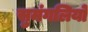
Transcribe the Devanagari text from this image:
सुमंगलियो